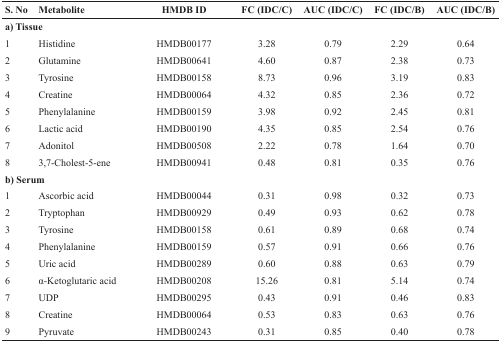
<table><thead><tr><td><b>S. No</b></td><td><b>Metabolite</b></td><td><b>HMDB ID</b></td><td><b>FC (IDC/C)</b></td><td><b>AUC (IDC/C)</b></td><td><b>FC (IDC/B)</b></td><td><b>AUC (IDC/B)</b></td></tr></thead><tbody><tr><td colspan="7"><b>a) Tissue</b></td></tr><tr><td>1</td><td>Histidine</td><td>HMDB00177</td><td>3.28</td><td>0.79</td><td>2.29</td><td>0.64</td></tr><tr><td>2</td><td>Glutamine</td><td>HMDB00641</td><td>4.60</td><td>0.87</td><td>2.38</td><td>0.73</td></tr><tr><td>3</td><td>Tyrosine</td><td>HMDB00158</td><td>8.73</td><td>0.96</td><td>3.19</td><td>0.83</td></tr><tr><td>4</td><td>Creatine</td><td>HMDB00064</td><td>4.32</td><td>0.85</td><td>2.36</td><td>0.72</td></tr><tr><td>5</td><td>Phenylalanine</td><td>HMDB00159</td><td>3.98</td><td>0.92</td><td>2.45</td><td>0.81</td></tr><tr><td>6</td><td>Lactic acid</td><td>HMDB00190</td><td>4.35</td><td>0.85</td><td>2.54</td><td>0.76</td></tr><tr><td>7</td><td>Adonitol</td><td>HMDB00508</td><td>2.22</td><td>0.78</td><td>1.64</td><td>0.70</td></tr><tr><td>8</td><td>3,7-Cholest-5-ene</td><td>HMDB00941</td><td>0.48</td><td>0.81</td><td>0.35</td><td>0.76</td></tr><tr><td colspan="7"><b>b) Serum</b></td></tr><tr><td>1</td><td>Ascorbic acid</td><td>HMDB00044</td><td>0.31</td><td>0.98</td><td>0.32</td><td>0.73</td></tr><tr><td>2</td><td>Tryptophan</td><td>HMDB00929</td><td>0.49</td><td>0.93</td><td>0.62</td><td>0.78</td></tr><tr><td>3</td><td>Tyrosine</td><td>HMDB00158</td><td>0.61</td><td>0.89</td><td>0.68</td><td>0.74</td></tr><tr><td>4</td><td>Phenylalanine</td><td>HMDB00159</td><td>0.57</td><td>0.91</td><td>0.66</td><td>0.76</td></tr><tr><td>5</td><td>Uric acid</td><td>HMDB00289</td><td>0.60</td><td>0.88</td><td>0.63</td><td>0.79</td></tr><tr><td>6</td><td>α-Ketoglutaric acid</td><td>HMDB00208</td><td>15.26</td><td>0.81</td><td>5.14</td><td>0.74</td></tr><tr><td>7</td><td>UDP</td><td>HMDB00295</td><td>0.43</td><td>0.91</td><td>0.46</td><td>0.83</td></tr><tr><td>8</td><td>Creatine</td><td>HMDB00064</td><td>0.53</td><td>0.83</td><td>0.63</td><td>0.76</td></tr><tr><td>9</td><td>Pyruvate</td><td>HMDB00243</td><td>0.31</td><td>0.85</td><td>0.40</td><td>0.78</td></tr></tbody></table>